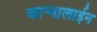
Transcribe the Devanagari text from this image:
कार्‍यालाईन